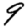
Digit: 9